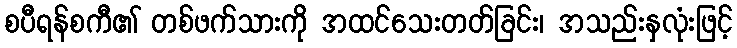
စပီရန်စကီ၏ တစ်ဖက်သားကို အထင်သေးတတ်ခြင်း၊ အသည်းနှလုံးဖြင့်